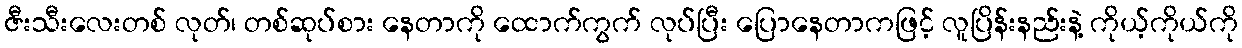
ဇီးသီးလေးတစ် လုတ်၊ တစ်ဆုပ်စား နေတာကို ထောက်ကွက် လုပ်ပြီး ပြောနေတာကဖြင့် လူပြိန်းနည်းနဲ့ ကိုယ့်ကိုယ်ကို